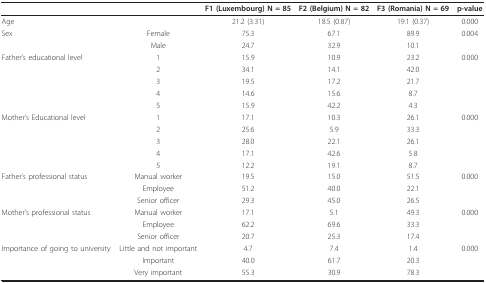
<table><thead><tr><td></td><td></td><td><b>F1 (Luxembourg) N = 85</b></td><td><b>F2 (Belgium) N = 82</b></td><td><b>F3 (Romania) N = 69</b></td><td><b>p-value</b></td></tr></thead><tbody><tr><td>Age</td><td></td><td>21.2 (3.31)</td><td>18.5 (0.87)</td><td>19.1 (0.37)</td><td>0.000</td></tr><tr><td>Sex</td><td>Female</td><td>75.3</td><td>67.1</td><td>89.9</td><td>0.004</td></tr><tr><td></td><td>Male</td><td>24.7</td><td>32.9</td><td>10.1</td><td></td></tr><tr><td>Father&#x27;s educational level</td><td>1</td><td>15.9</td><td>10.9</td><td>23.2</td><td>0.000</td></tr><tr><td></td><td>2</td><td>34.1</td><td>14.1</td><td>42.0</td><td></td></tr><tr><td></td><td>3</td><td>19.5</td><td>17.2</td><td>21.7</td><td></td></tr><tr><td></td><td>4</td><td>14.6</td><td>15.6</td><td>8.7</td><td></td></tr><tr><td></td><td>5</td><td>15.9</td><td>42.2</td><td>4.3</td><td></td></tr><tr><td>Mother&#x27;s Educational level</td><td>1</td><td>17.1</td><td>10.3</td><td>26.1</td><td>0.000</td></tr><tr><td></td><td>2</td><td>25.6</td><td>5.9</td><td>33.3</td><td></td></tr><tr><td></td><td>3</td><td>28.0</td><td>22.1</td><td>26.1</td><td></td></tr><tr><td></td><td>4</td><td>17.1</td><td>42.6</td><td>5.8</td><td></td></tr><tr><td></td><td>5</td><td>12.2</td><td>19.1</td><td>8.7</td><td></td></tr><tr><td>Father&#x27;s professional status</td><td>Manual worker</td><td>19.5</td><td>15.0</td><td>51.5</td><td>0.000</td></tr><tr><td></td><td>Employee</td><td>51.2</td><td>40.0</td><td>22.1</td><td></td></tr><tr><td></td><td>Senior officer</td><td>29.3</td><td>45.0</td><td>26.5</td><td></td></tr><tr><td>Mother&#x27;s professional status</td><td>Manual worker</td><td>17.1</td><td>5.1</td><td>49.3</td><td>0.000</td></tr><tr><td></td><td>Employee</td><td>62.2</td><td>69.6</td><td>33.3</td><td></td></tr><tr><td></td><td>Senior officer</td><td>20.7</td><td>25.3</td><td>17.4</td><td></td></tr><tr><td>Importance of going to university</td><td>Little and not important</td><td>4.7</td><td>7.4</td><td>1.4</td><td>0.000</td></tr><tr><td></td><td>Important</td><td>40.0</td><td>61.7</td><td>20.3</td><td></td></tr><tr><td></td><td>Very important</td><td>55.3</td><td>30.9</td><td>78.3</td><td></td></tr></tbody></table>